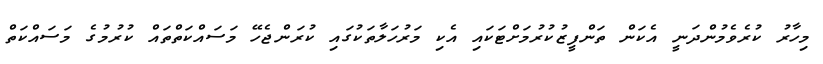
މިހާރު ކުރެވެމުންދަނީ އެކަން ތަންފީޒުކުރުމަށްޓަކައި އެކި މަރުހަލާތަކުގައި ކުރަންޖެހޭ މަސައްކަތްތައް ކުުރުމުގެ މަސައްކަތް